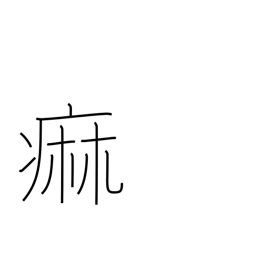
Meaning: paralysis